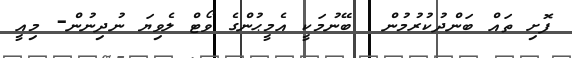
ފޮށި ތައް ބަންދުކުރުމުން  ބޭނުމަކީ އެމީޙުންގެ ވޯޓް ލެވިޔަ ނުދިނުން- މިއީ